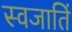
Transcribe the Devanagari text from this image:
स्वजातिं